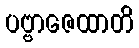
ပဗ္ဗာဇေထာတိ